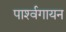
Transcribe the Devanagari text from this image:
पार्श्‍वगायन